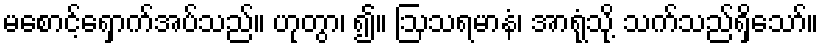
မစောင့်ရှောက်အပ်သည်။ ဟုတွာ၊ ၍။ ဩသရမာနံ၊ အာရုံသို့ သက်သည်ရှိသော်။